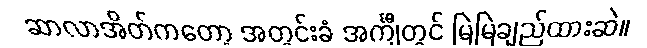
ဆာလာအိတ်ကတော့ အတွင်းခံ အင်္ကျီတွင် မြဲမြဲချည်ထားဆဲ။